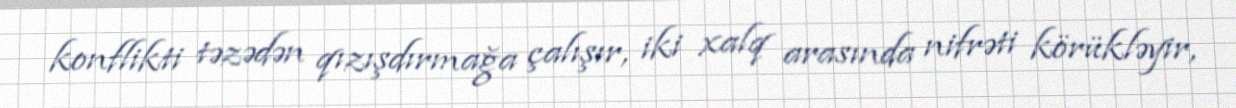
konflikti təzədən qızışdırmağa çalışır, iki xalq arasında nifrəti körükləyir,